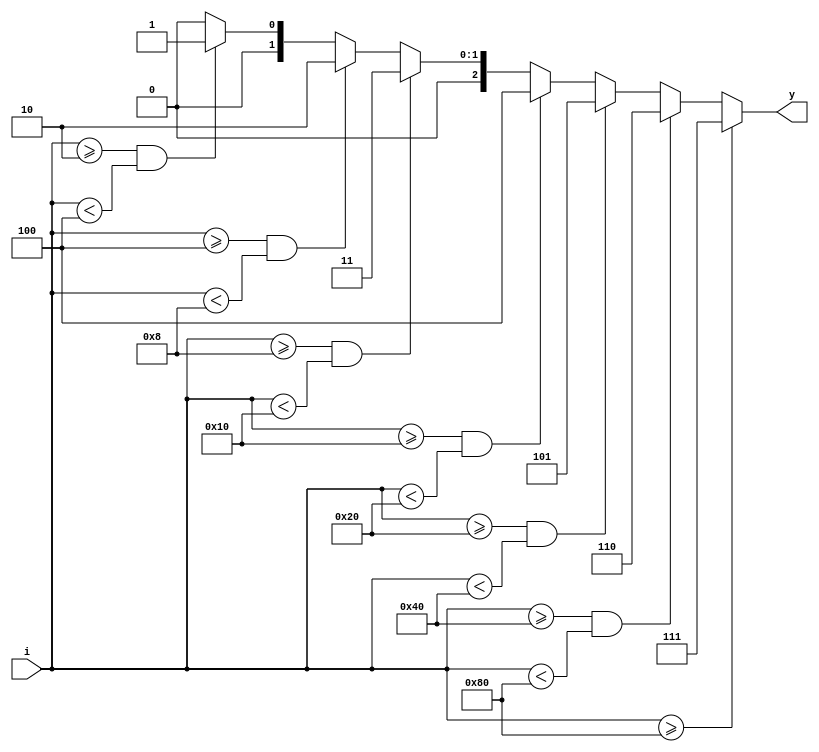
module priority_encoder(input [7:0]i,
                        output reg [2:0]y);
			
		
	always @(i)
	   begin
	     if(i>=128)   y=7;
		 else if(i>=64 & i<128)  y=6;
		 else if(i>=32 & i<64)  y=5;
		 else if(i>=16 & i<32)  y=4;
		 else if(i>=8 & i<16)  y=3;
		 else if(i>=4 & i<8)  y=2;
		 else if(i>=2 & i<4)  y=1;
		 else if(i>=0 & i<2)  y=0;
                 else y=0;
		 
		end
	endmodule